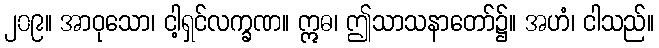
၂၀၉။ အာဝုသော၊ ငါ့ရှင်လက္ခဏ။ ဣဓ၊ ဤသာသနာတော်၌။ အဟံ၊ ငါသည်။